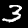
Digit: 3